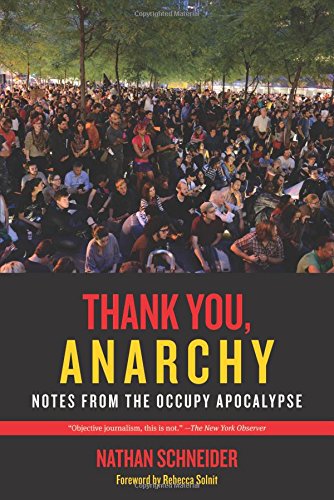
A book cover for Thank You, Anarchy: Notes from the Occupy Apocalypse; Nathan Schneider; Business & Money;